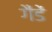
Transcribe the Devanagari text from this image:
गैंडें